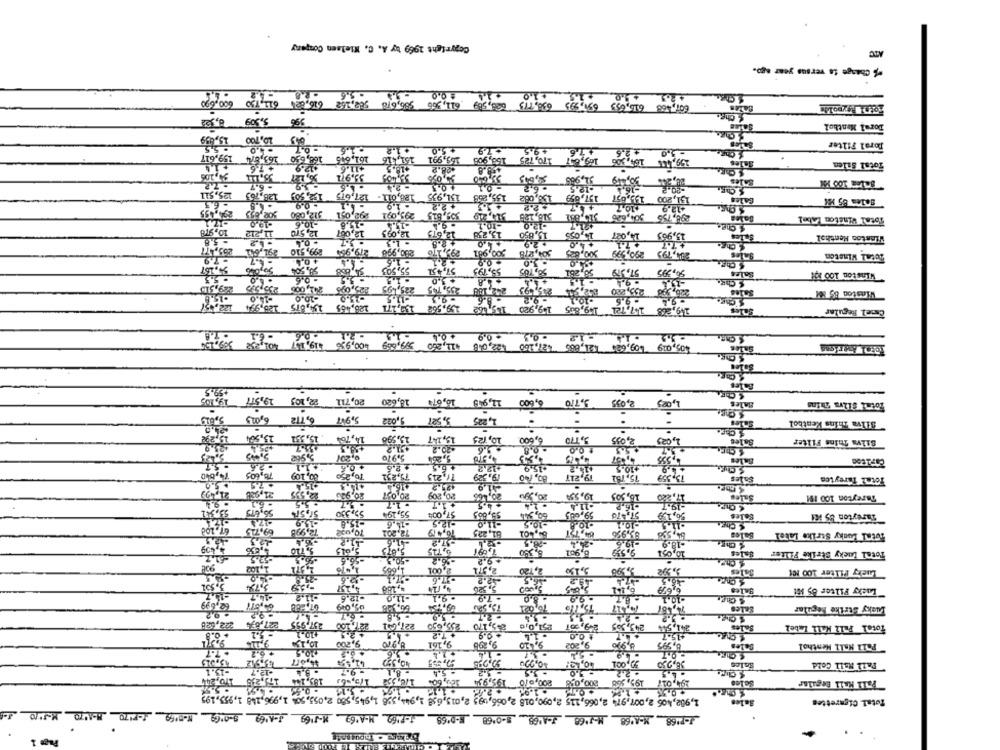
Copyright 1969 toy A. C. Melsen Comparar
Change to versus year ago.
4.5 +10+15 +10 +14 :00-556
607,468 616,633 651,593 638,715 626,589 611,566 586,618 589,162 616,62 611,730 600 690
& Che.
5.509 8,352
9%
Doral Menthol
10,700 15,459
Doral Filter
. 5.5
. 4.0
. 1.5
+32
+5.0
+9.5
+76
-3.0 +2.6
161,645 168,690 163,874 159,617
151,416
165,991
169,647 170,725 158,908
159,444 164,306
7,6
Sales
Total Silen
$11.6.
418.5
+28.2
90,106
3,0%
33,640
26. 30, 49 31,985
-6.7
+0.5
- 0,1
.12.5
5 Chs
128,763 125,511
51,935 188,011- 127,615 152, 50)
100,002 155,259
- 6.3
294,495
508, 633
293,0,1 312,086
295,001
359,815
320,851 516,125
298,756 504,626
Sales
Total Winston Label
-19.0
-10.6
.15,8
. 9.4
-10.1
$ Che.
10,978
11,212
12,570
12,067
12,095
12,675
15,23%
15,8,0
13,963
+2.8
+ 2,9
14,027
Sales
Winston Menthol
- 5.8
265,477
- 0,4
. 1.3
299,510
219,95%
280,998
500,981
504,2278
290,999
234,795
Total Wineton
- 7.9
- 4.7
+0,4.
- 1,5
+0.9
55.157
50,046
98,505
55,503
57,451
55,793
58,785
58,261
50,395
. 5.5
-0,6
.... $ 3.0
A
& Chg.
Sales
Winston 100 394
235,575
. 3.5
+4,4
. 9.4
229,515
241,006
225,095
225,495
235.745
242,180
233,093
255,280
Winston 85 X
-15.8
10.0
-11.5
. 8.6
.10.1
.9.5
-94
122, 57
128,465 154,675 125,994
139,171
159,562
149,268 147,721 149,855 149,920 145,462
Camel Regular
.2.1 .0.6 -6.1
-11 -12 -03- 09
S Che.
100,9% 19,1-7 401,332 305.155
599,669
412,260
405,019 109,624 121,865 427,150 $22,048
Boles
+59.5
19, 105
2,035 3,770 6,600 11,945 16,67% 18,620 20,711 2, 103 19,577
3,710
2,035
,025
Sales
5,819
1,225 3,527 3,022 5,947 6,772 6,005
1,225 3,527 9,022
Sales
Silva Thins Kentbol
15,298
13,95
13,147 13.590
10, 125
3,170
2,035
1,025
Sales
Silva Thins Filter
5.970
5,264
4,555
Sales
- 2.6
+ 2.6
$10,5
+3,9
74,640
78, 605
80,109
,250
71,225
79,252
19.529
83, 140
75,762
13,359
Sales
Fotmi Tareytes
.5.0
2.9
21,49
21,988
12,535
20,939
20.037
20,209
20,465
20,99u
19,550
16,303
Sales
Tareyton 100 IM
. 1.7
1.1
-19.1.
58,675
51,57
59,330
55,194
$1,00
55,005
60,544
39,685
57 ,- TO
26,19
APA
Seles
Tareyton 85 11
-15.8
-12.5
-10.5
-19.1
Che
69.725
72,998
70,092
72,201
10,019
61,225
bb, 598
Bales
Total Lucky Strike Latel
-18.9
4,409
5. 710
5,015
4 Chr.
8,901
10,031
Sales
Total lucky Strike Filter
-57.5
22
1,102
1,665
2,001
2,5TL
2, 120
5,130
3.990
3,592
3ales
Lucky Pliter 100 ML
.17.6
3.55Z
5,74
5,526
30000
4,137
6, 151
Lacky Filter 85 Mit
-14.7
-11.2
-12.6
11,2
- 7.9
- 8.0
. 8.7
62,699
79,525
70,025
15,110
10.417
74,45/
Lucky Strike Regular
222,020
227,854
237,955
227,001
255,650
243,565
22 A100
5,170
251,0,6
249,567
241,544
Sales
total Pall Mall Label
- 5.1
+10.1
+ 2.5
+4,5
+ 9.9
$ 0.0
415-7
9,200
8,970
9,161
9,298
9,4510
9,202
0,95
0,995
Bales
Pall Mall Menthol
. T.T
+ 6.2
+10.5
. 1.4
-0.7
45,015
40,329
10,990
41.4.
40,12:
30,001
Pall Mall Cold
-15.1
+12.7
. 9.7
. 8.1
. 5.4
= 1.2
3.5
= 10
. 2.2
170.244
17,295
185,144
1/0,354 175 ,- 63
189,604
200,9/0 195,934
200,03:
195,568
194,017
Pal Kall Regular
1,982,406 2,007,97- 2,066,115 2,090,018 2, 066, 095 2,015,658 1,944, 358 1,945, 580 2,055,50% 1,996,148 1,955,195
Total Cigarettes
Sales
3-A'69 3-069 M-0150 P-PITO M-AUTO X-11/0